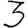
Digit: 3